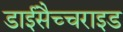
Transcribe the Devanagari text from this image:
डाईसैच्चराइड